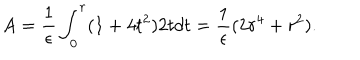
LaTeX: A = { \frac { 1 } { \epsilon } } \int _ { 0 } ^ { r } ( 1 + 4 t ^ { 2 } ) 2 t d t = { \frac { 1 } { \epsilon } } ( 2 r ^ { 4 } + r ^ { 2 } ) .